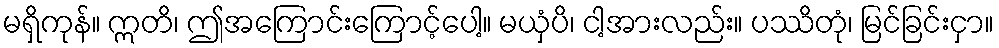
မရှိကုန်။ ဣတိ၊ ဤအကြောင်းကြောင့်ပေါ့။ မယှံပိ၊ ငါ့အားလည်း။ ပဿိတုံ၊ မြင်ခြင်းငှာ။